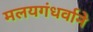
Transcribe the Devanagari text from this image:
मलयगंधर्वाने